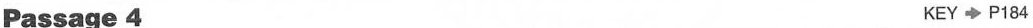
Passage 4 KEY P148